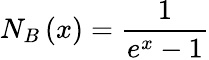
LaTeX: N_{B}\left(x\right)=\frac{1}{e^{x}-1}